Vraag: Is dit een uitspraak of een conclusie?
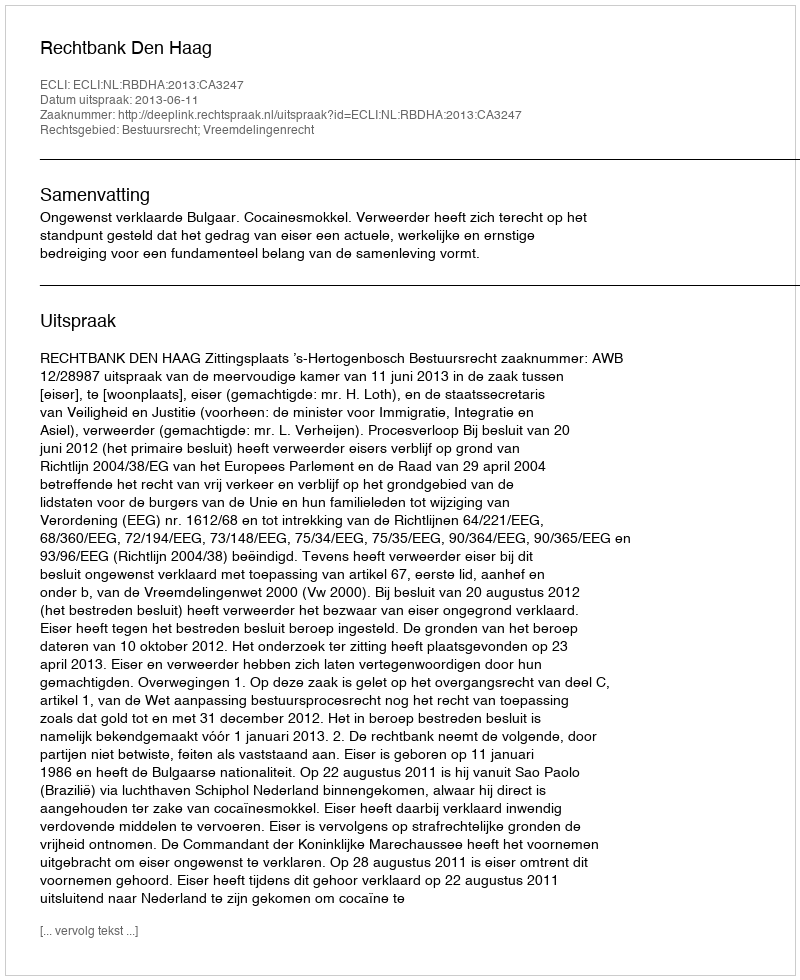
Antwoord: Uitspraak